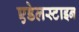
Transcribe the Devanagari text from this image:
एडेलस्टाइन